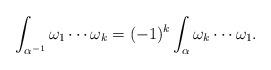
LaTeX: \begin{align*} \int_{\alpha^{-1}} \omega_1 \cdots \omega_k = (-1)^k \int_\alpha \omega_k \cdots \omega_1. \end{align*}